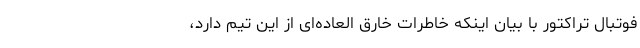
فوتبال تراکتور با بیان اینکه خاطرات خارق العاده‌ای از این تیم دارد،